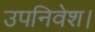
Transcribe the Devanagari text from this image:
उपनिवेश।